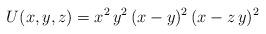
LaTeX: \begin{align*}U(x,y,z)=x^2\,y^2\,(x-y)^2\,(x-z\,y)^2\end{align*}